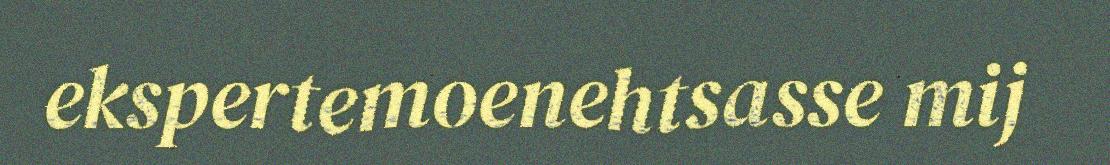
ekspertemoenehtsasse mij